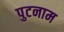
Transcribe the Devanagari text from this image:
पुटनाम